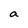
Character: a